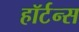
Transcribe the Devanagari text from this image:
हॉर्टन्स